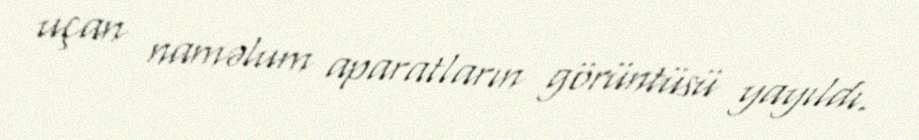
uçan naməlum aparatların görüntüsü yayıldı.